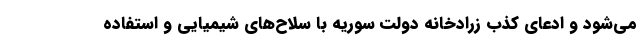
می‌شود و ادعای کذب زرادخانه دولت سوریه با سلاح‌های شیمیایی و استفاده